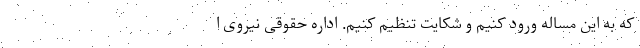
که به این مساله ورود کنیم و شکایت تنظیم کنیم. اداره حقوقی نیروی ا